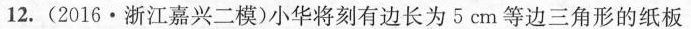
12.(2016·浙江嘉兴二模)小华将刻有边长为5cm等边三角形的纸板